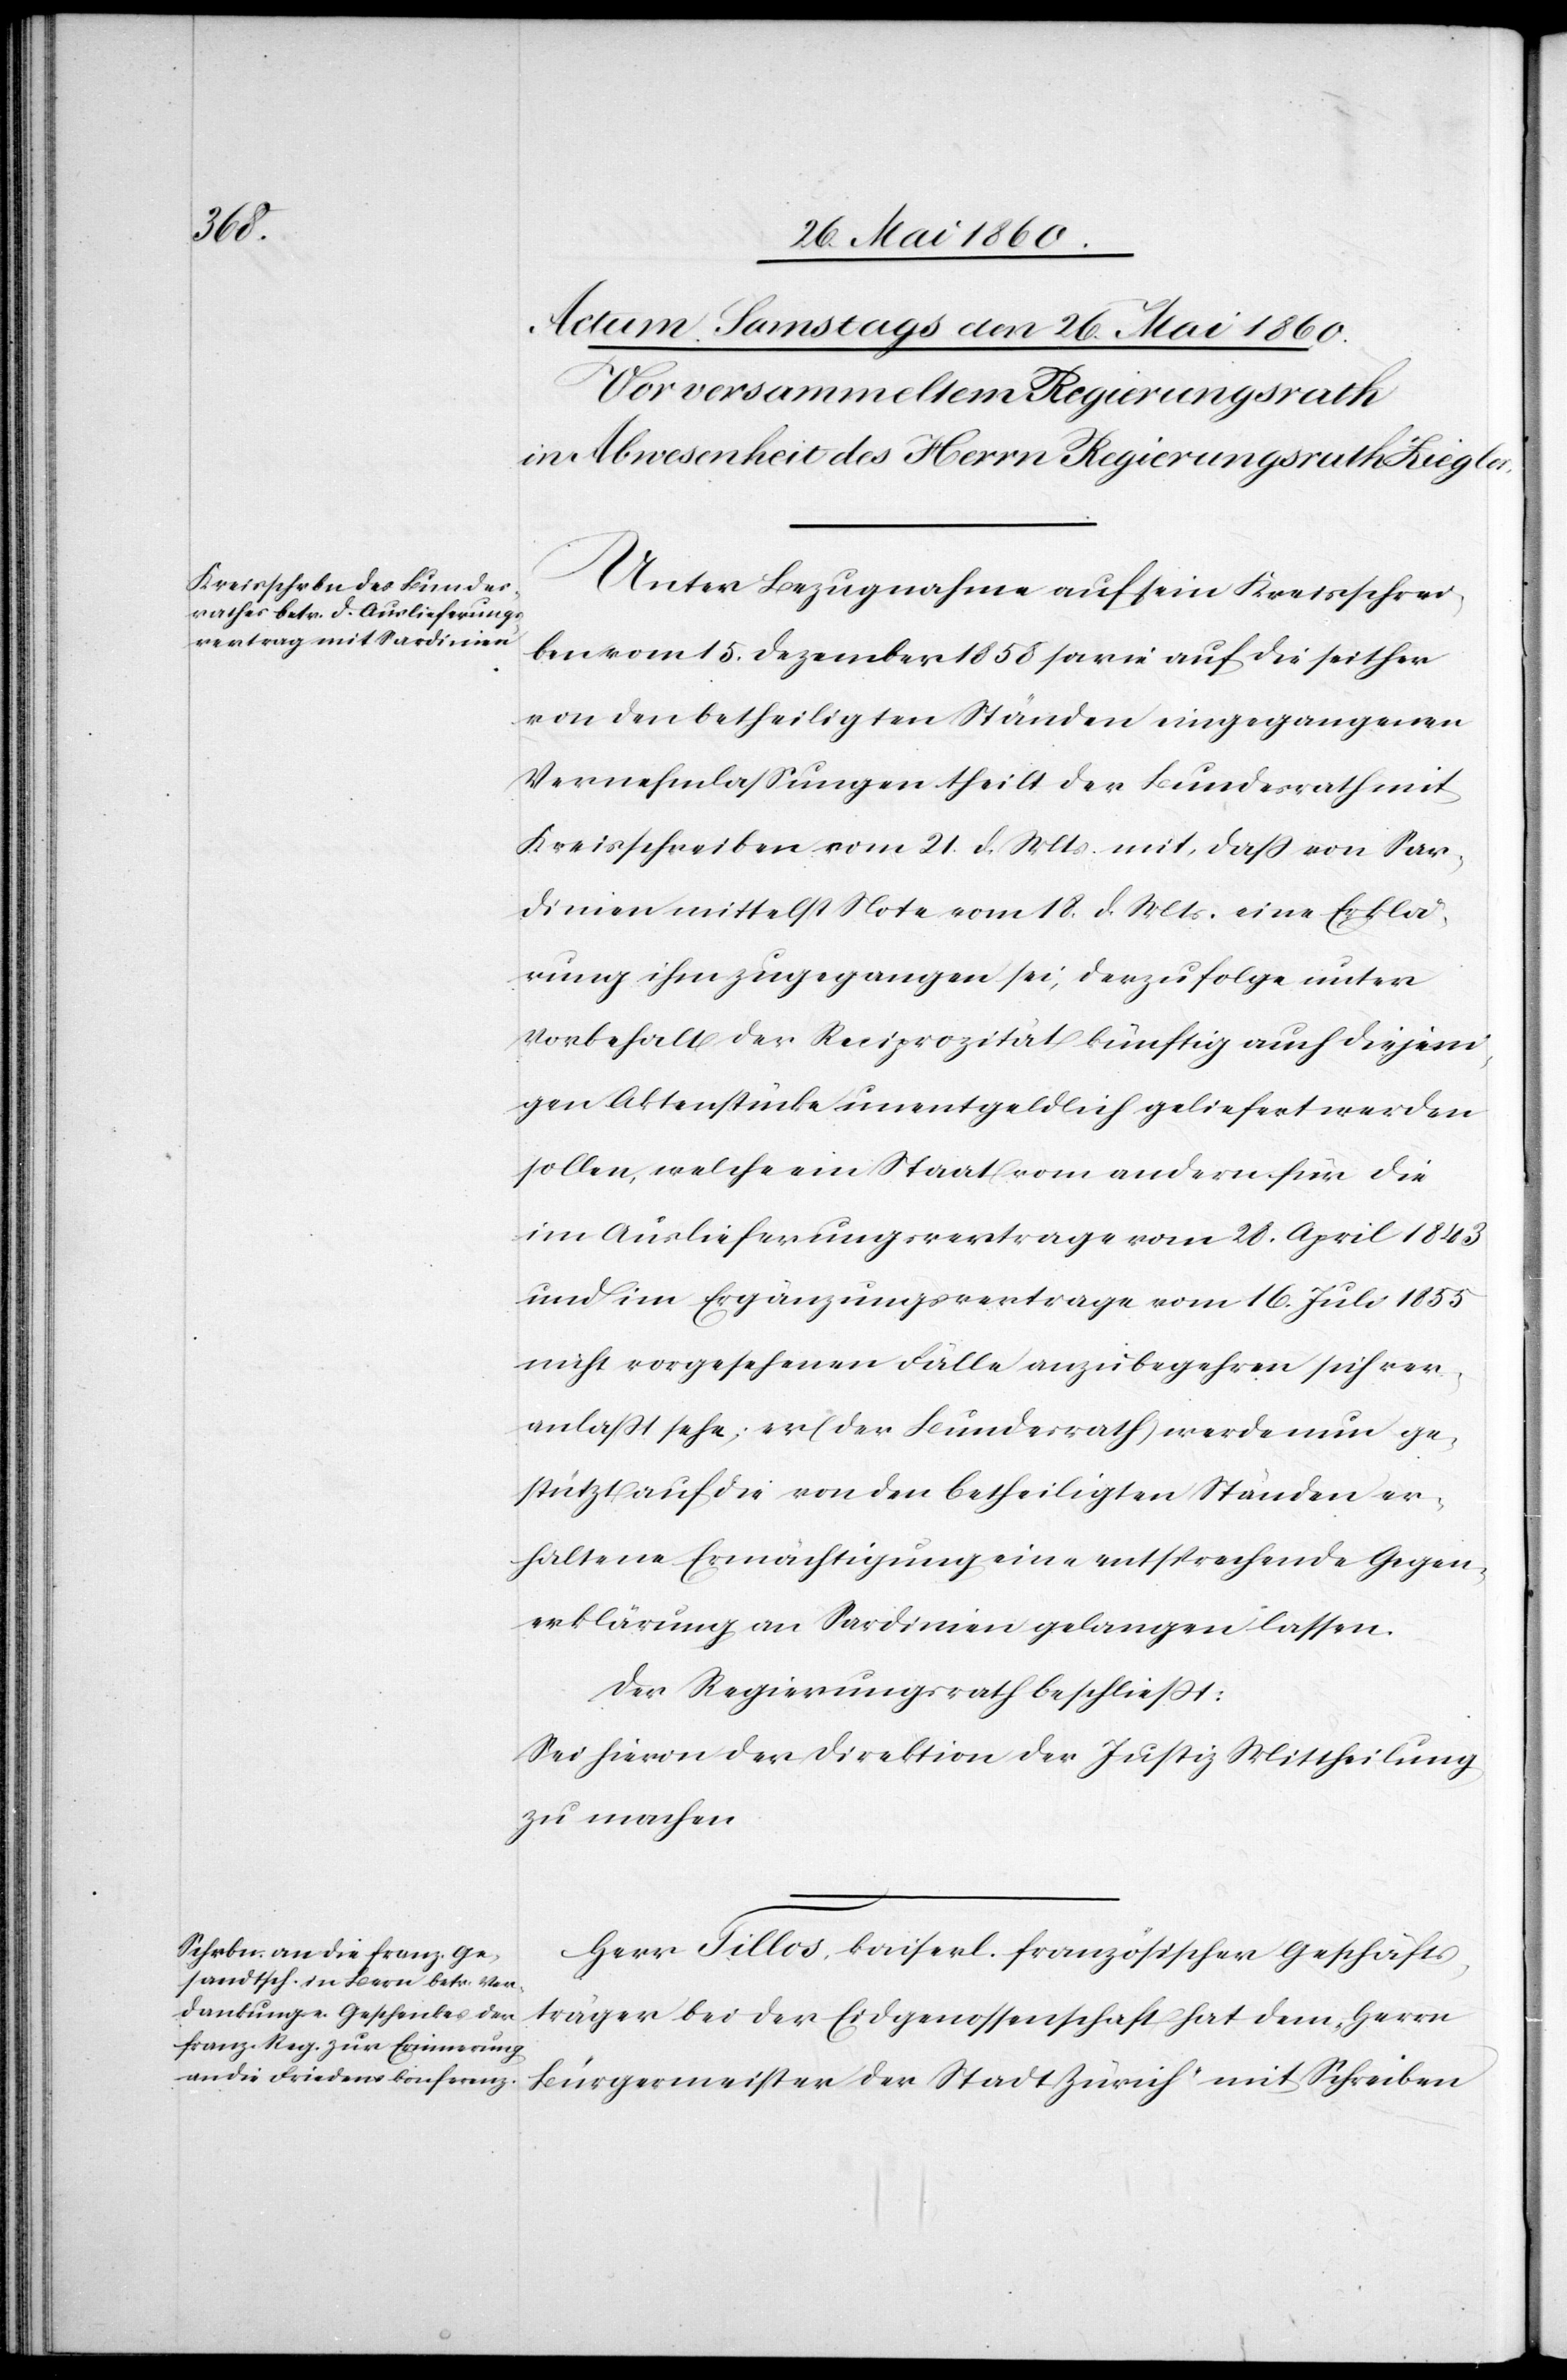
Unter Bezugnahme auf sein Kreisschrei¬
ben vom 15. Dezember 1858 sowie auf die seither
von den betheiligten Ständen eingegangenen
Vernehmlassungen theilt der Bundesrath mit
Kreisschreiben vom 21. d. Mts. mit, dass von Sar¬
dinien mittelst Note vom 18. d. Mts. eine Erklä¬
rung ihm zugegangen sei, derzufolge unter
Vorbehalt der Reciprozität künftig auch diejeni¬
gen Aktenstücke unentgeldlich geliefert werden
sollen, welche ein Staat vom andern für die
im Auslieferungsvertrage vom 28. April 1843
und im Ergänzungsvertrage vom 16. Juli 1855
nicht vorgesehenen Fälle anzubegehren sich ver¬
anlasst sehe; er (der Bundesrath) werde nun ge¬
stützt auf die von den betheiligten Ständen er¬
haltene Ermächtigung eine entsprechende Gegen¬
erklärung an Sardinien gelangen lassen.
Der Regierungsrath beschliesst:
Sei hievon der Direktion der Justiz Mittheilung
zu machen.
Herr Tillos, kaiserl. französischer Geschäfts¬
träger bei der Eidgenossenschaft hat dem Herrn
Bürgermeister der Stadt Zürich mit Schreiben